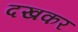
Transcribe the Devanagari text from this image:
दखकर